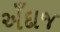
અઁદાજ